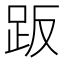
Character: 𧿨